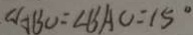
\angle A B O = \angle B A O = 1 5 ^ { \circ }